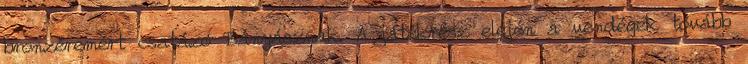
bronzéremért csatázó Bányásznak. A játékrész elején a vendégek tovább